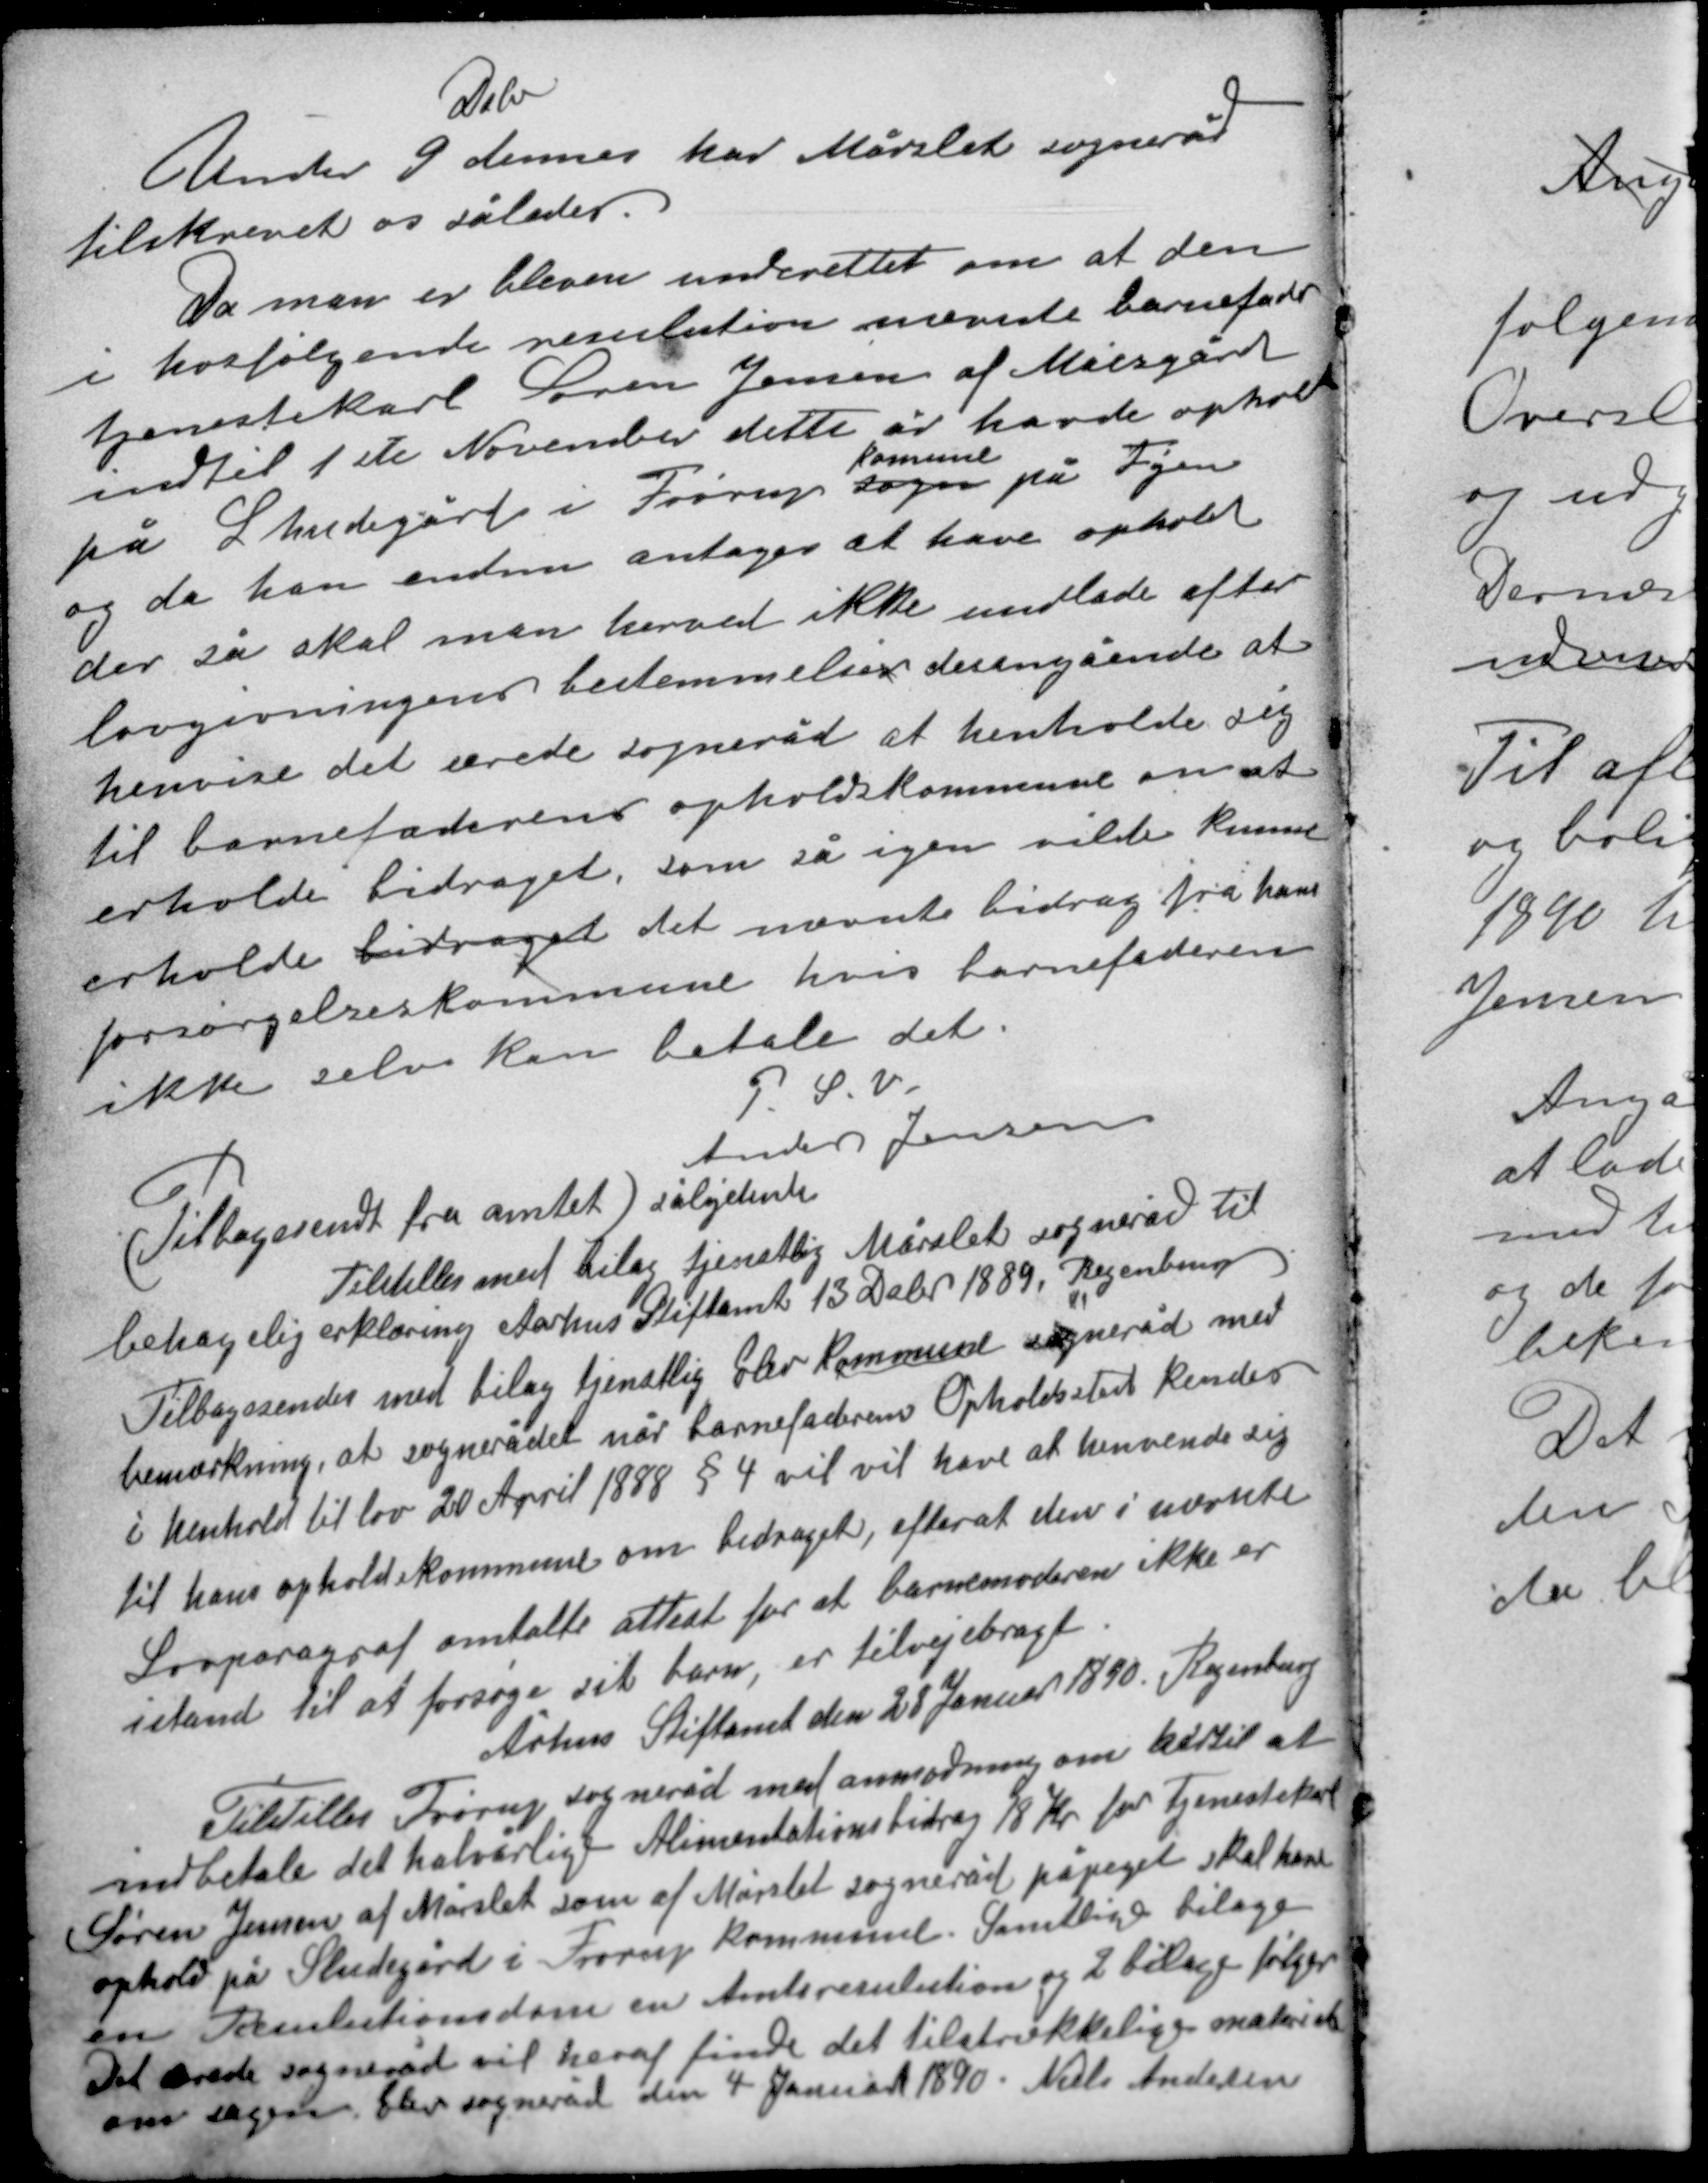
Transskription:
Debr
Under 9 dennes har Mårslet sogneråd
tilskrevet os således

Da man er bleven underrettet om at den
i hosfølgende resulution nævnte barnefader
tjenestekarl Søren Jensen af Moesgård
indtil 1ste November dette år have ophold
kommune
på Studegård i Frørup sogn på Fyn
og da han endnu antages at have ophold
der så skal man herved ikke undlade efter
lovgivningens bestemmelser desangående at
henvise det ærede sogneråd at henholde sig
til barnefaderens opholdskommune om at
erholde bidraget som så igen ville kunne
erholde bidraget det nævnte bidrag fra hans
forsørgelseskommune hvis barnefaderen
ikke selv kan betale det.

P. S. V.
Anders Jensen
(Tilbagesendt fra amtet) sålydende
Tilstilles med bilag tjenstlig Mårslet sogneråd til
behagelig erklæring Aarhus Stiftamt 13 Debr 1889 Regenburg
Tilbagesendes med bilag tjenstlig Elev kommune sogneråd med
bemærkning, at sognerådet når barnefaderens Opholdssted kendes
i henhold til lov 20 April 1888 § 4 vil vil have at henvende sig
til hans opholdskommune om bidraget, efter at den i nævnte
Lovparagraf omtalte attest for at barnemoderen ikke er
i stand til at forsøge sit barn, er tilvejebragt
Århus Stiftamt den 28 Januar 1890 Regenburg
Tilstillet Trørup sogneråd med anmodning om hertil at
indbetale det halvårlige Alimentationsbidrag 18 Kr for Tjenestekarl
Søren Jensen af Mårslet som af Mårlset sogneråd påpeget skal have
ophold på Studegård i Frørup kommune. Samtlige bilage
en Resulutionsdom en Amtsresulution og 2 bilage følger.
Det ærede sogneråd vil heraf finde det tilstrækkelige materiale
om sagen. Elev sogneråd den 4 Januar 1890. Niels Andersen